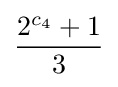
{\frac {2^{c_{4}}+1}{3}}